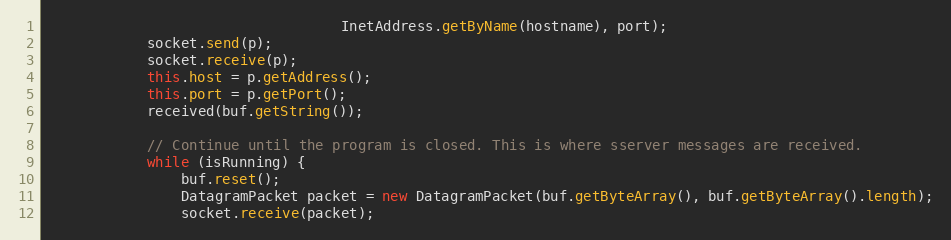
Language: Java
                                   InetAddress.getByName(hostname), port);
            socket.send(p);
            socket.receive(p);
            this.host = p.getAddress();
            this.port = p.getPort();
            received(buf.getString());

            // Continue until the program is closed. This is where sserver messages are received.
            while (isRunning) {
                buf.reset();
                DatagramPacket packet = new DatagramPacket(buf.getByteArray(), buf.getByteArray().length);
                socket.receive(packet);